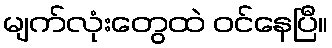
မျက်လုံးတွေထဲ ဝင်နေပြီ။